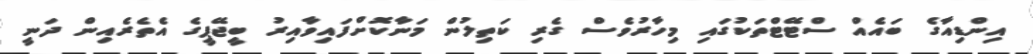
އިންޑިއާގެ ބައެއް ސްޓޭޓްތަކުގައި މިހާރުވެސް ގެރި ކަތިލުން މަނާކޮށްފައިވާއިރު ބީޖޭޕީގެ އެތެރެއިން ދަނީ